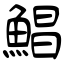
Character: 鯧